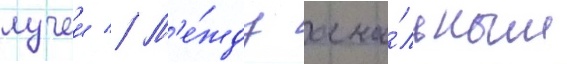
лучеи // М'е́жду ана́льным